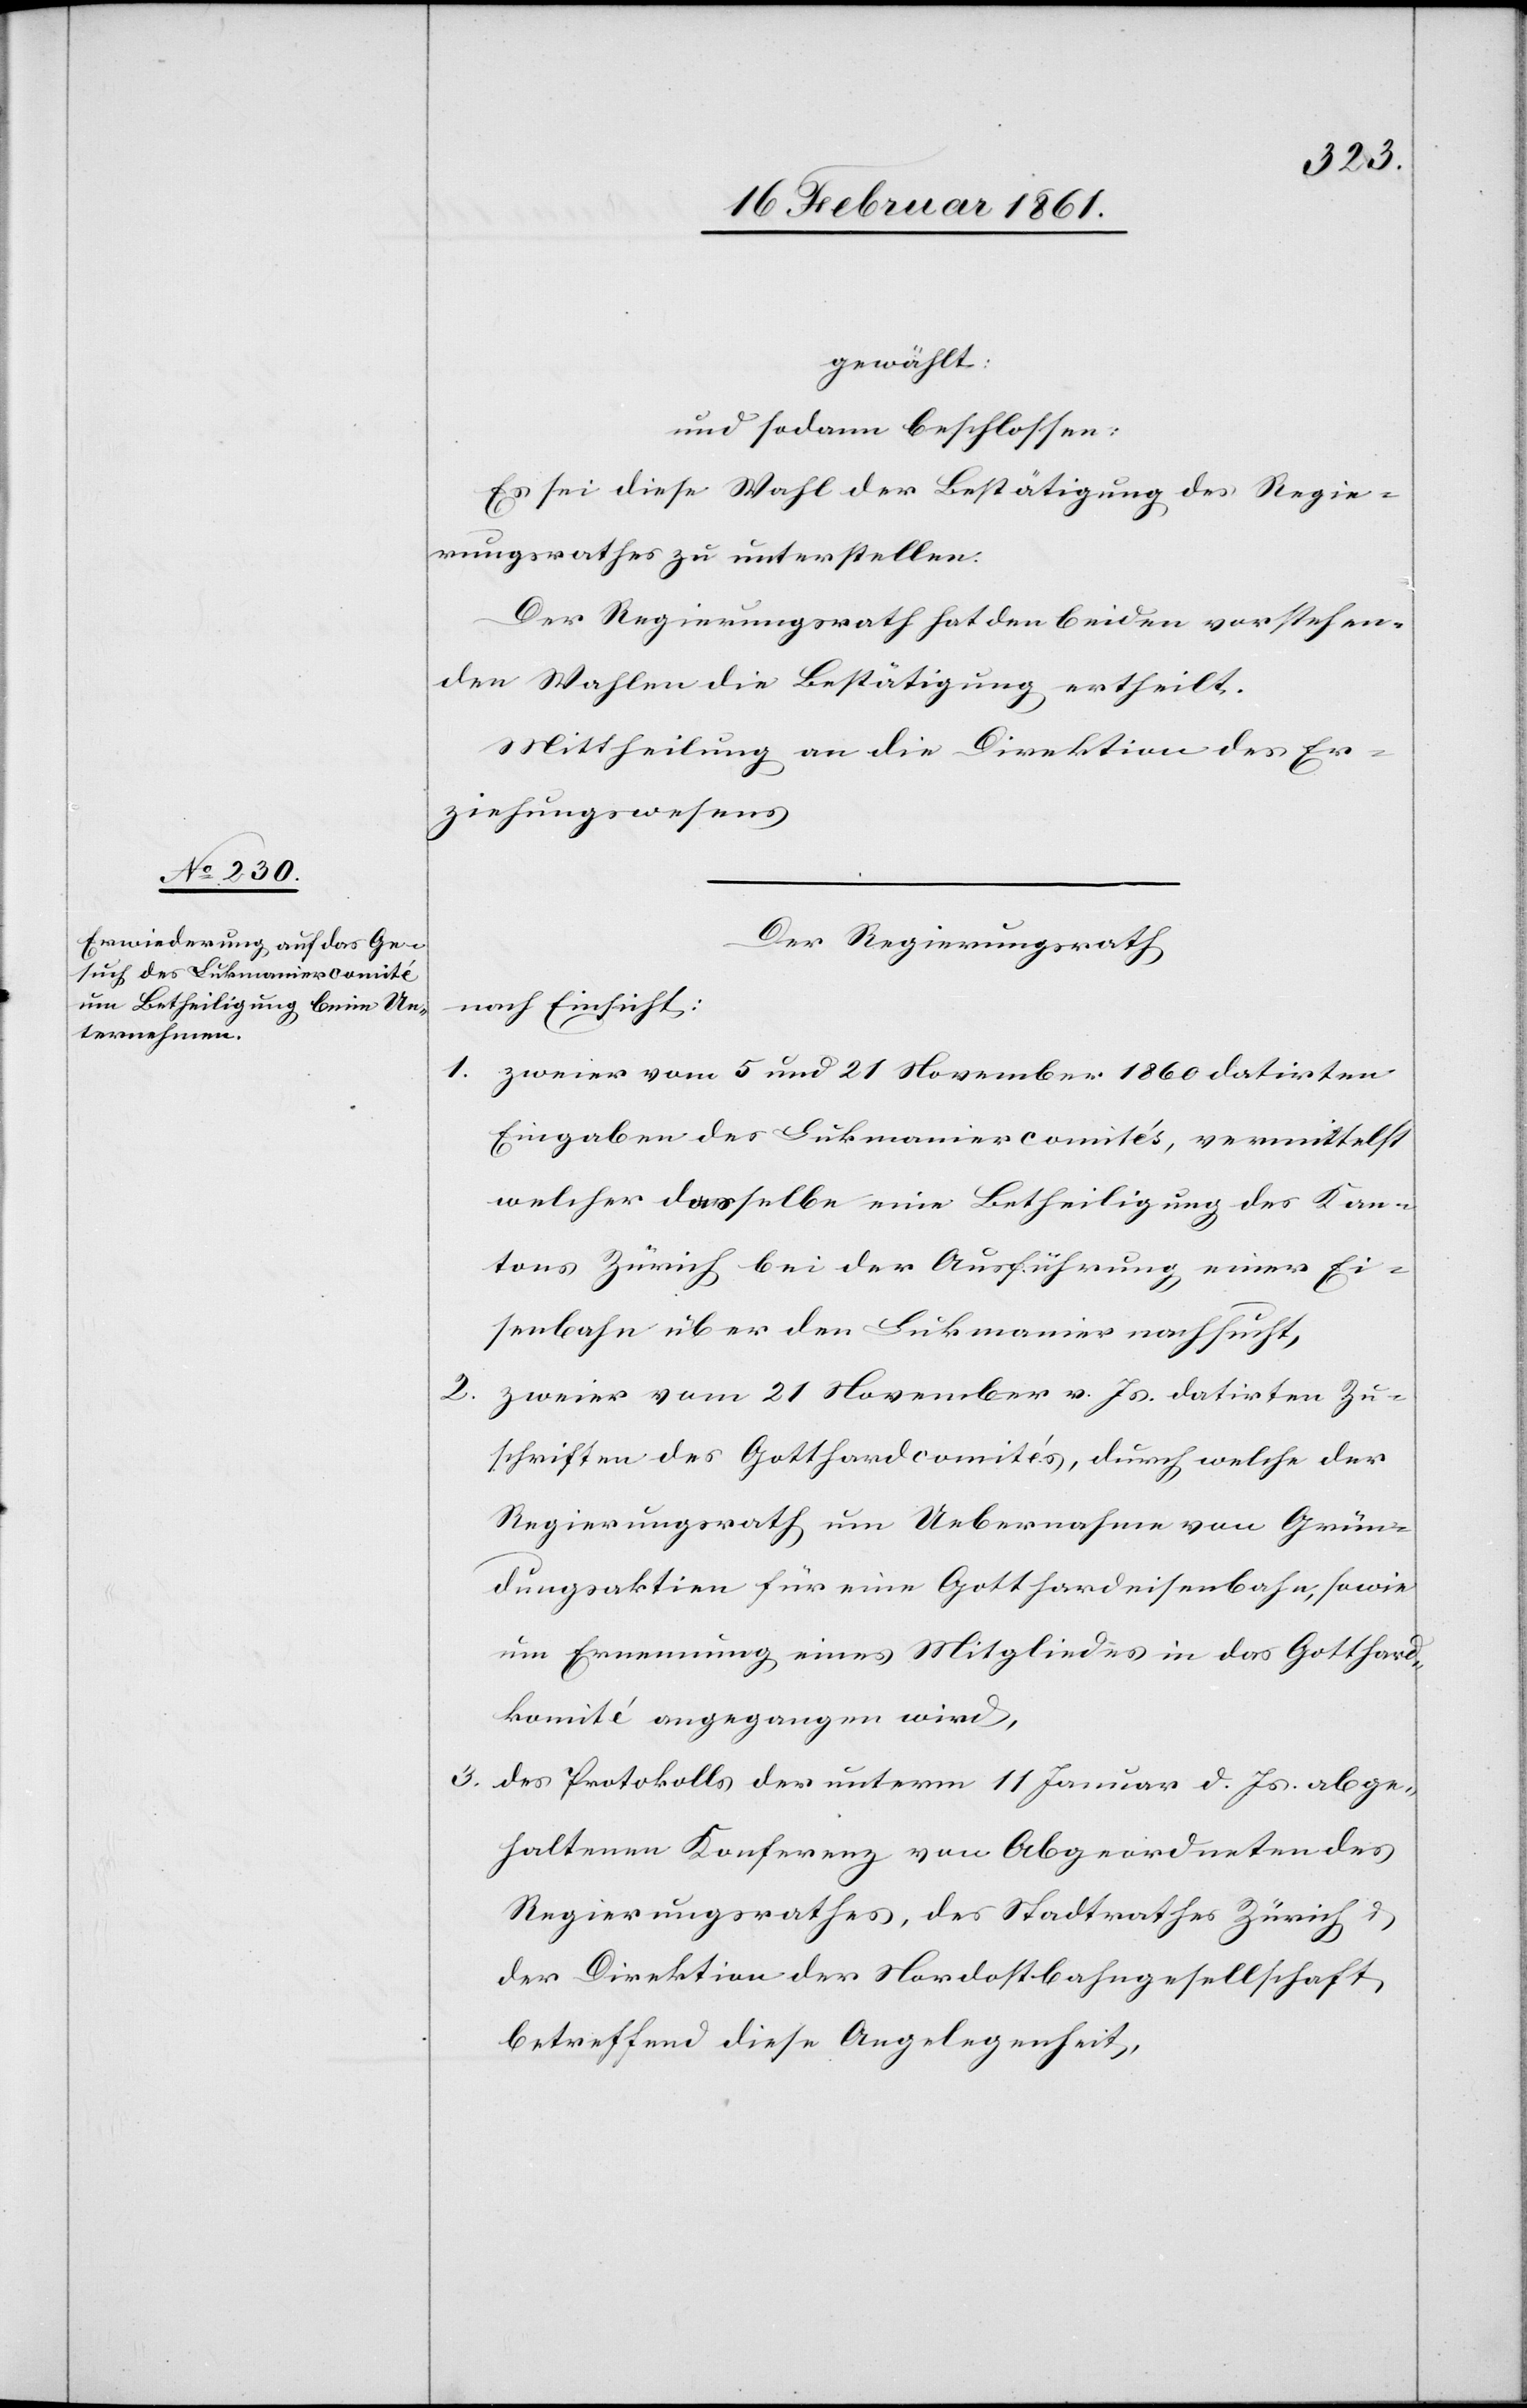
2.

gewählt:
und sodann beschlossen
Es sei diese Wahl der Bestätigung des Regie¬
rungsrathes zu unterstellen.
Der Regierungsrath hat den beiden vorstehen¬
den Wahlen die Bestätigung ertheilt.
Mittheilung an die Direktion des Er¬
ziehungswesens.
Der Regierungsrath,
nach Einsicht:
1. zweier vom 5 und 21. November 1860 datirten
Eingaben des Lukmaniercomiteés, vermittelst
welcher dasselbe eine Betheiligung des Kan¬
tons Zürich bei der Ausführung einer Ei¬
senbahn über den Lukmanier nachsucht,
zweier vom 21. November v. Js. datirten Zu¬
schriften des Gotthardcomités, durch welche der
Regierungsrath um Uebernahme von Grün¬
dungsaktien für eine Gotthardeisenbahn, sowie
um Ernennung eines Mitgliedes in das Gotthard¬
komité angegangen wird,
3. des Protokolls der unterm 11. Januar d. Js. abge¬
haltenen Konferenz von Abgeordneten des
Regierungsrathes, des Stadrathes Zürich u.
der Direktion der Nordostbahngesellschaft,
betreffend diese Angelegenheit,